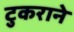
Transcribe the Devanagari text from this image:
टुकराने